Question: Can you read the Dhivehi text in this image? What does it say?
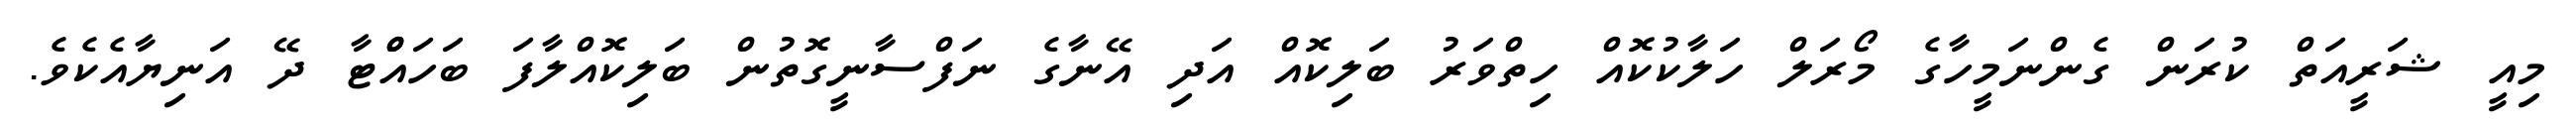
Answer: މިއީ ޝަރީއަތް ކުރަން ގެންނަމީހާގެ މޯރަލް ހަލާކުކޮއް ހިތްވަރު ބަލިކޮއް އަދި އޭނާގެ ނަފްސާނީގޮތުން ބަލިކޮއްލާފަ ބަހައްްޓާ ދޭ އަނިޔާއެކެވެ.